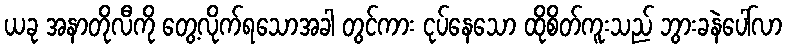
ယခု အနာတိုလီကို တွေ့လိုက်ရသောအခါ တွင်ကား ငုပ်နေသော ထိုစိတ်ကူးသည် ဘွားခနဲပေါ်လာ